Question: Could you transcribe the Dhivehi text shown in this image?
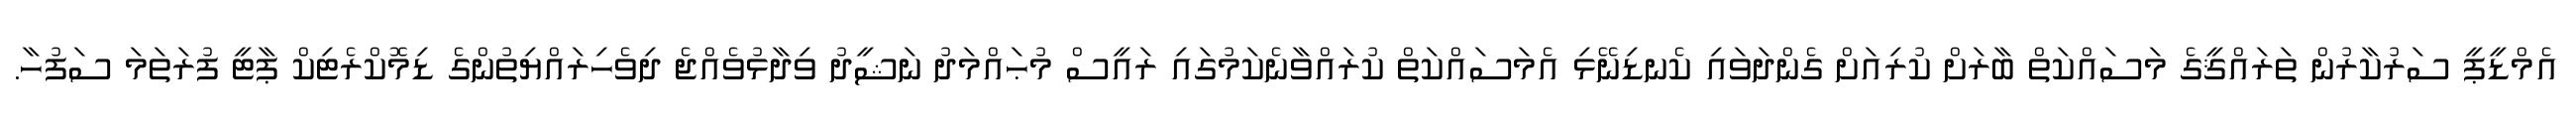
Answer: އެމްޑީޕީ ސަރުކާރުން ތަރައްޤީގެ މަސައްކަތް ބާރަށް ކުރިއަށް ގެންދަވައި ކެނޑިނޭޅި އެމަސައްކަތް ކުރައްވާނެކަމުގައި ރައީސް މުޙައްމަދު ނަޝީދު ވިދާޅުވެއްޖެ ދިވެހިރައްޔިތުންގެ ޑިމޮކްރެޓިކް ޕާޓީ ފުރަތަމަ ސަފުހާ.